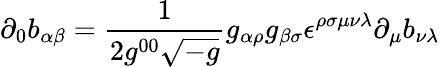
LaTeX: \partial_{0}b_{\alpha\beta}={\frac{1}{2g^{00}\sqrt{-g}}}g_{\alpha\rho}g_{\beta\sigma}\epsilon^{\rho\sigma\mu\nu\lambda}\partial_{\mu}b_{\nu\lambda}